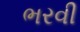
ભરવી